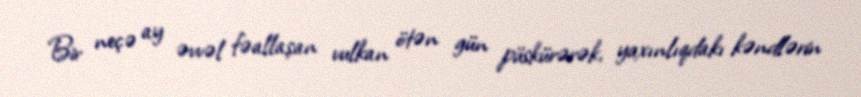
Bir neçə ay əvvəl fəallaşan vulkan ötən gün püskürərək, yaxınlıqdakı kəndlərin